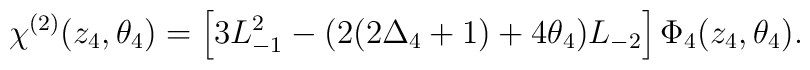
\chi^{(2)}(z_{4},\theta_{4})=\left[3L_{-1}^{2}-(2(2\Delta_{4}+1)+4\theta_{4})L_{-2}\right]\Phi_{4}(z_{4},\theta_{4}).